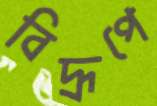
বিদ্রূপে